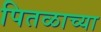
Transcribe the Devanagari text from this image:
पितळाच्या